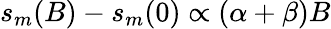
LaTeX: s_{m}(B)-s_{m}(0)\propto(\alpha+\beta)B